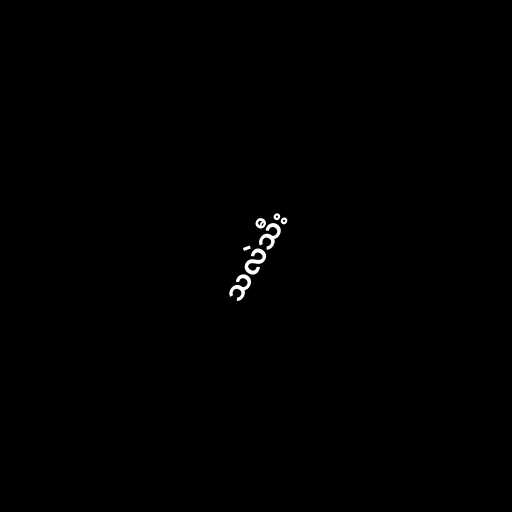
သလဲသီး